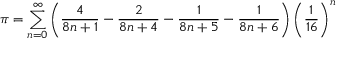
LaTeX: \pi = \sum _ { n = 0 } ^ { \infty } \left( { \frac { 4 } { 8 n + 1 } } - { \frac { 2 } { 8 n + 4 } } - { \frac { 1 } { 8 n + 5 } } - { \frac { 1 } { 8 n + 6 } } \right) \left( { \frac { 1 } { 1 6 } } \right) ^ { n }